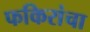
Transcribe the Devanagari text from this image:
फकिरांचा